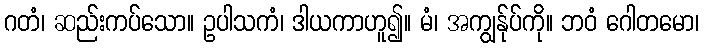
ဂတံ၊ ဆည်းကပ်သော။ ဥပါသကံ၊ ဒါယကာဟူ၍။ မံ၊ အကျွန်ုပ်ကို။ ဘဝံ ဂေါတမော၊